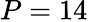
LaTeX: P=14